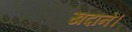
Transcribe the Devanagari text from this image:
खदानें।